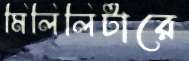
মিলিলিটারে